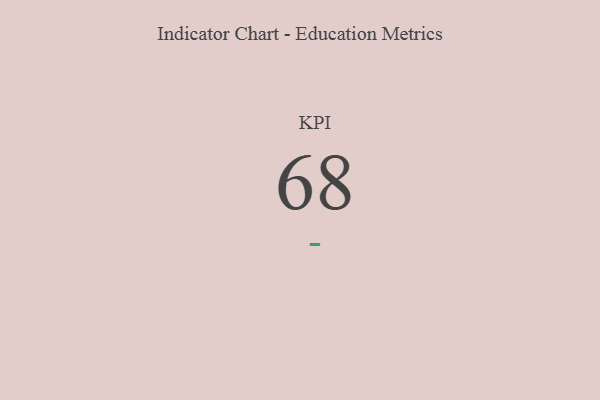
{"axis": {"x": "KPI", "y": "Value"}, "legend": [""], "data": [{"x": "KPI", "y": 68, "type": ""}]}